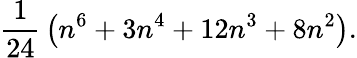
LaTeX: {\frac{1}{24}}\left(n^{6}+3n^{4}+12n^{3}+8n^{2}\right).